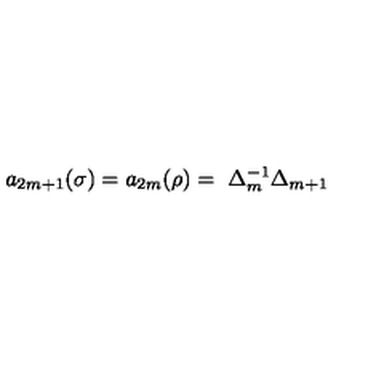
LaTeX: a _ { 2 m + 1 } ( \sigma ) = a _ { 2 m } ( \rho ) = \ \Delta _ { m } ^ { - 1 } \Delta _ { m + 1 }